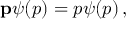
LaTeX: \mathbf { p } \psi ( p ) = p \psi ( p ) \, ,